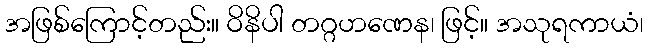
အဖြစ်ကြောင့်တည်း။ ဝိနိပါ တဂ္ဂဟဏေန၊ ဖြင့်။ အသုရကာယံ၊